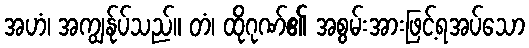
အဟံ၊ အကျွန်ုပ်သည်။ တံ၊ ထိုဂုဏ်၏ အစွမ်းအားဖြင့်ရအပ်သော